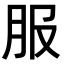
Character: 服